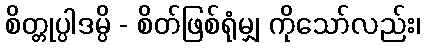
စိတ္တုပ္ပါဒမ္ပိ - စိတ်ဖြစ်ရုံမျှ ကိုသော်လည်း၊